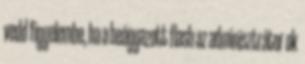
vedd figyelembe, ha a beágyazott flash az adminisztrátor ok